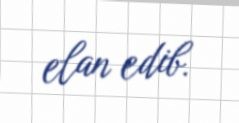
elan edib.